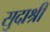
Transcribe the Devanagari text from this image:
सुदाश्री